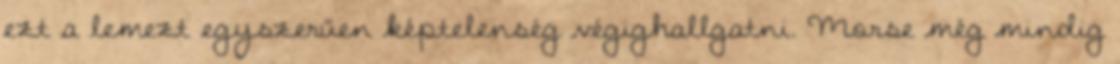
ezt a lemezt egyszerűen képtelenség végighallgatni. Morse még mindig